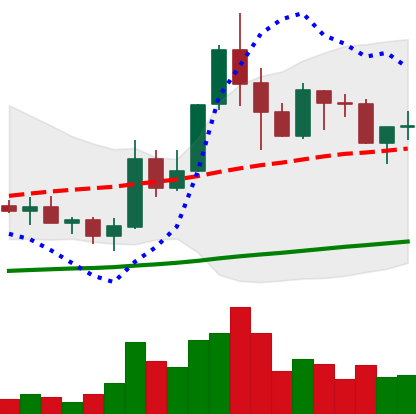
Ticker: ADA-USD
Chart end date: 2019-05-24
Forward return: 12.363%
Label: up_7plus